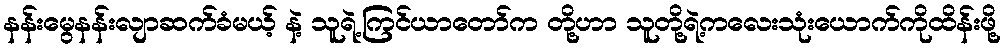
နန်းမွေနန်းလျာဆက်ခံမယ့် နဲ့ သူရဲ့ကြင်ယာတော်က တို့ဟာ သူတို့ရဲ့ကလေးသုံးယောက်ကိုထိန်းဖို့